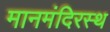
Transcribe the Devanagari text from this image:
मानमंदिरस्थ